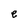
Character: e